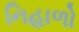
નિહાળો